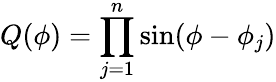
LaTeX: Q(\phi)=\prod_{j=1}^{n}\sin(\phi-\phi_{j})